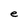
Character: e